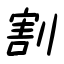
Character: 割